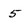
Character: 5